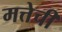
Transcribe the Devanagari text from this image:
मत्तेची